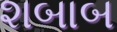
શબાબ